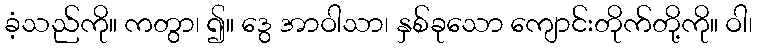
ခံ့သည်ကို။ ကတွာ၊ ၍။ ဒွေ အာဝါသာ၊ နှစ်ခုသော ကျောင်းတိုက်တို့ကို။ ဝါ၊